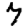
Digit: 7